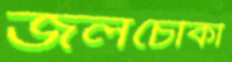
জলচৌকী